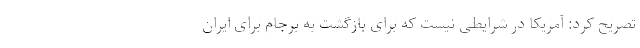
تصریح کرد: آمریکا در شرایطی نیست که برای بازگشت به برجام برای ایران